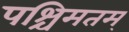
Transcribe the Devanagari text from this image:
पश्चिमतम्